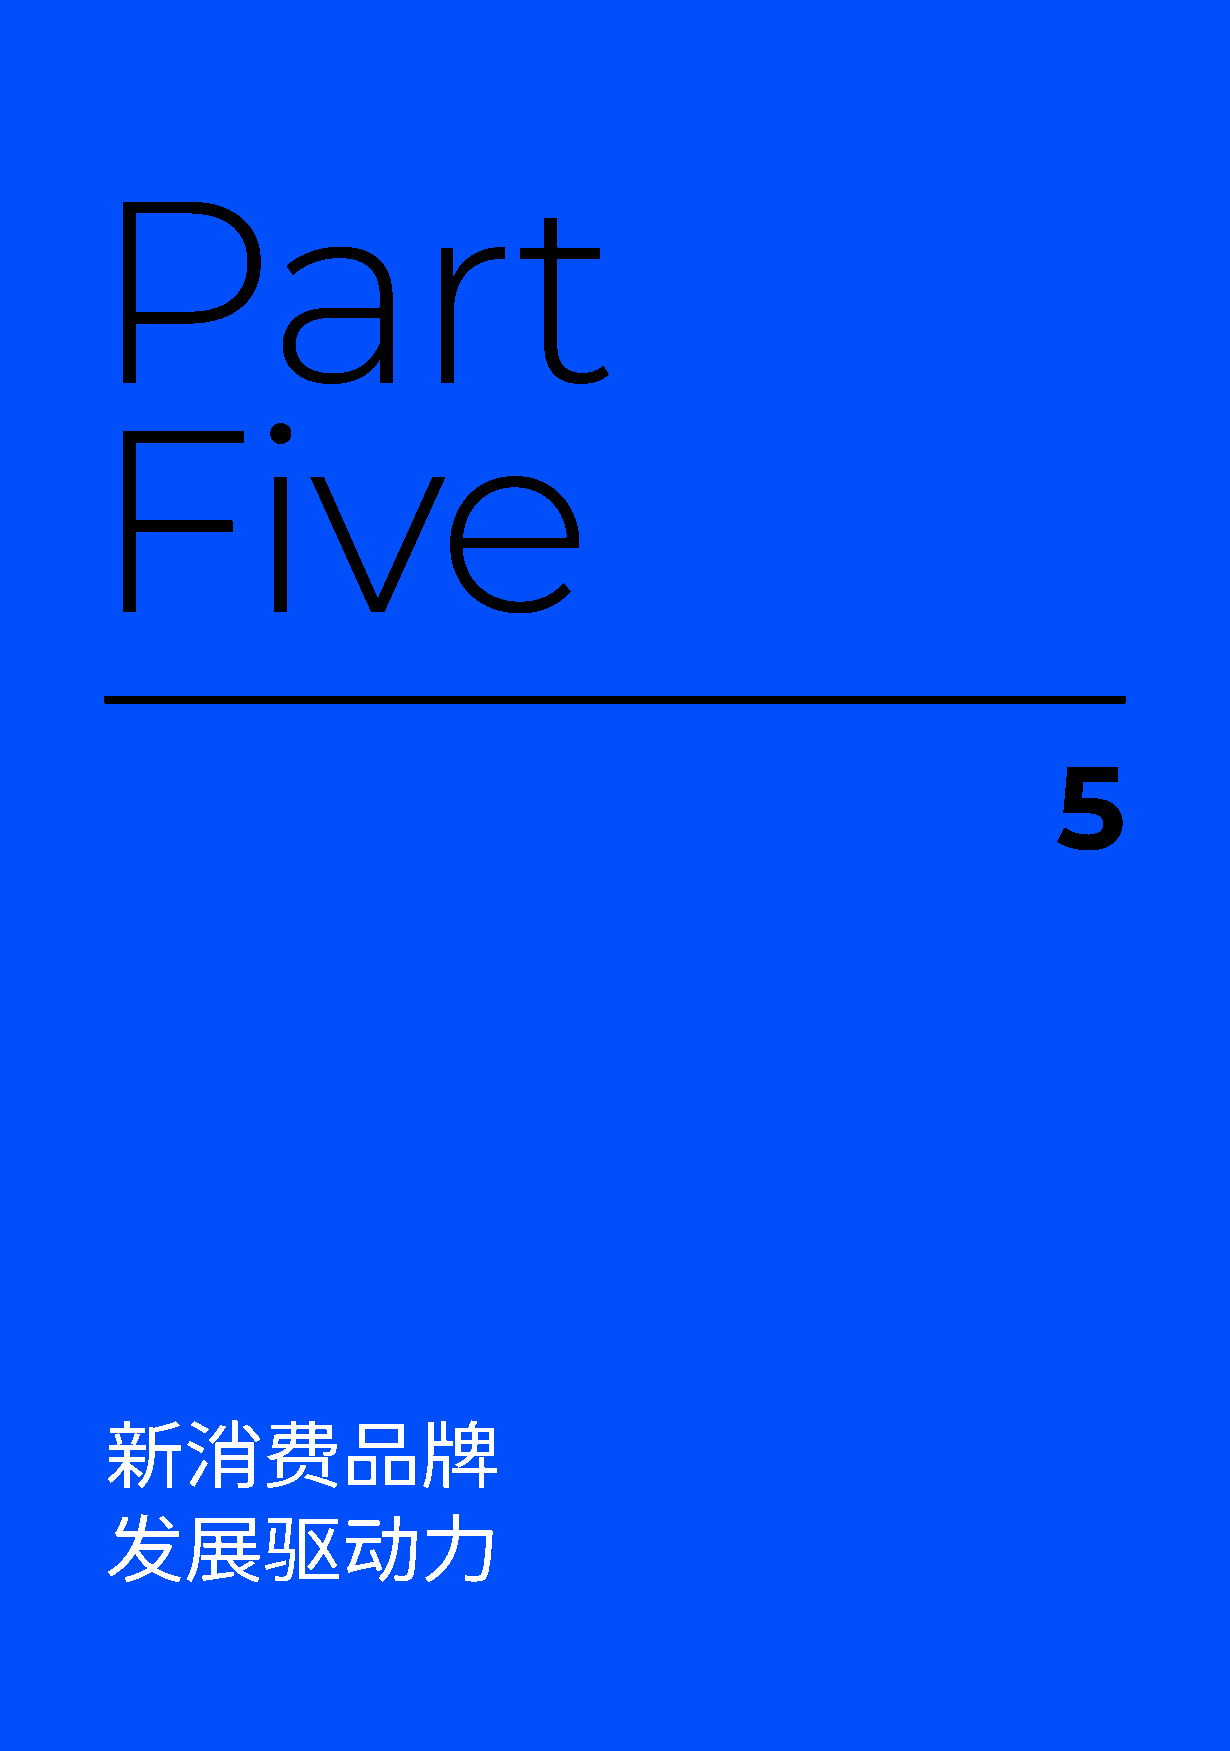
Part
 Five
 5
 新消费品牌
 发展驱动力
 046                                                   新消费·新品牌   2020-2021